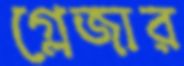
গ্লেজার